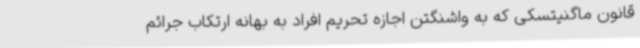
قانون ماگنیتسکی که به واشنگتن اجازه تحریم افراد به بهانه ارتکاب جرائم